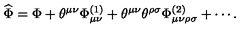
\widehat { \Phi } = \Phi + \theta ^ { \mu \nu } \Phi _ { \mu \nu } ^ { ( 1 ) } + \theta ^ { \mu \nu } \theta ^ { \rho \sigma } \Phi _ { \mu \nu \rho \sigma } ^ { ( 2 ) } + \cdots .